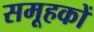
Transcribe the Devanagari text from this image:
समूहकों